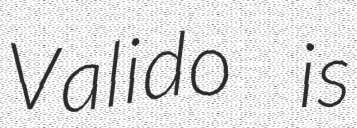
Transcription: Valido is